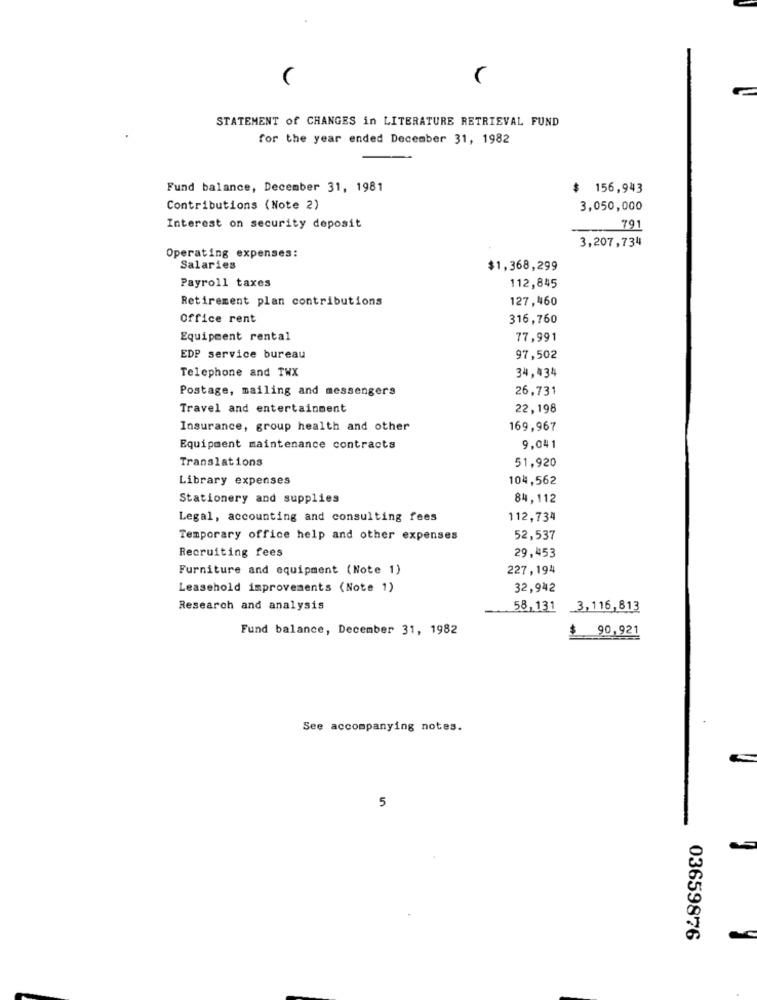
STATEMENT of CHANGES in LITERATURE RETRIEVAL FUND
for the year ended December 31, 1982
Fund balance, December 31, 1981
156,943
Contributions (Note 2)
3,050,000
Interest on security deposit
791
3,207,734
Operating expenses:
Salaries
$1,368,299
Payroll taxes
112,845
Retirement plan contributions
127,460
Office rent
316,760
Equipment rental
77,991
EDP service bureau
97,502
Telephone and TWX
34,434
Postage, mailing and messengers
26,731
Travel and entertainment
22,198
Insurance, group health and other
169,967
Equipment maintenance contracts
9,041
Translations
51,920
Library expenses
104,562
Stationery and supplies
84,112
Legal, accounting and consulting fees
112,734
Temporary office help and other expenses
52,537
Recruiting fees
29,453
Furniture and equipment (Note 1)
227,194
Leasehold improvements (Note 1)
32,942
Research and analysis
58,131 3,116,813
Fund balance, December 31, 1982
$
90,921
See accompanying notes.
5
03659876